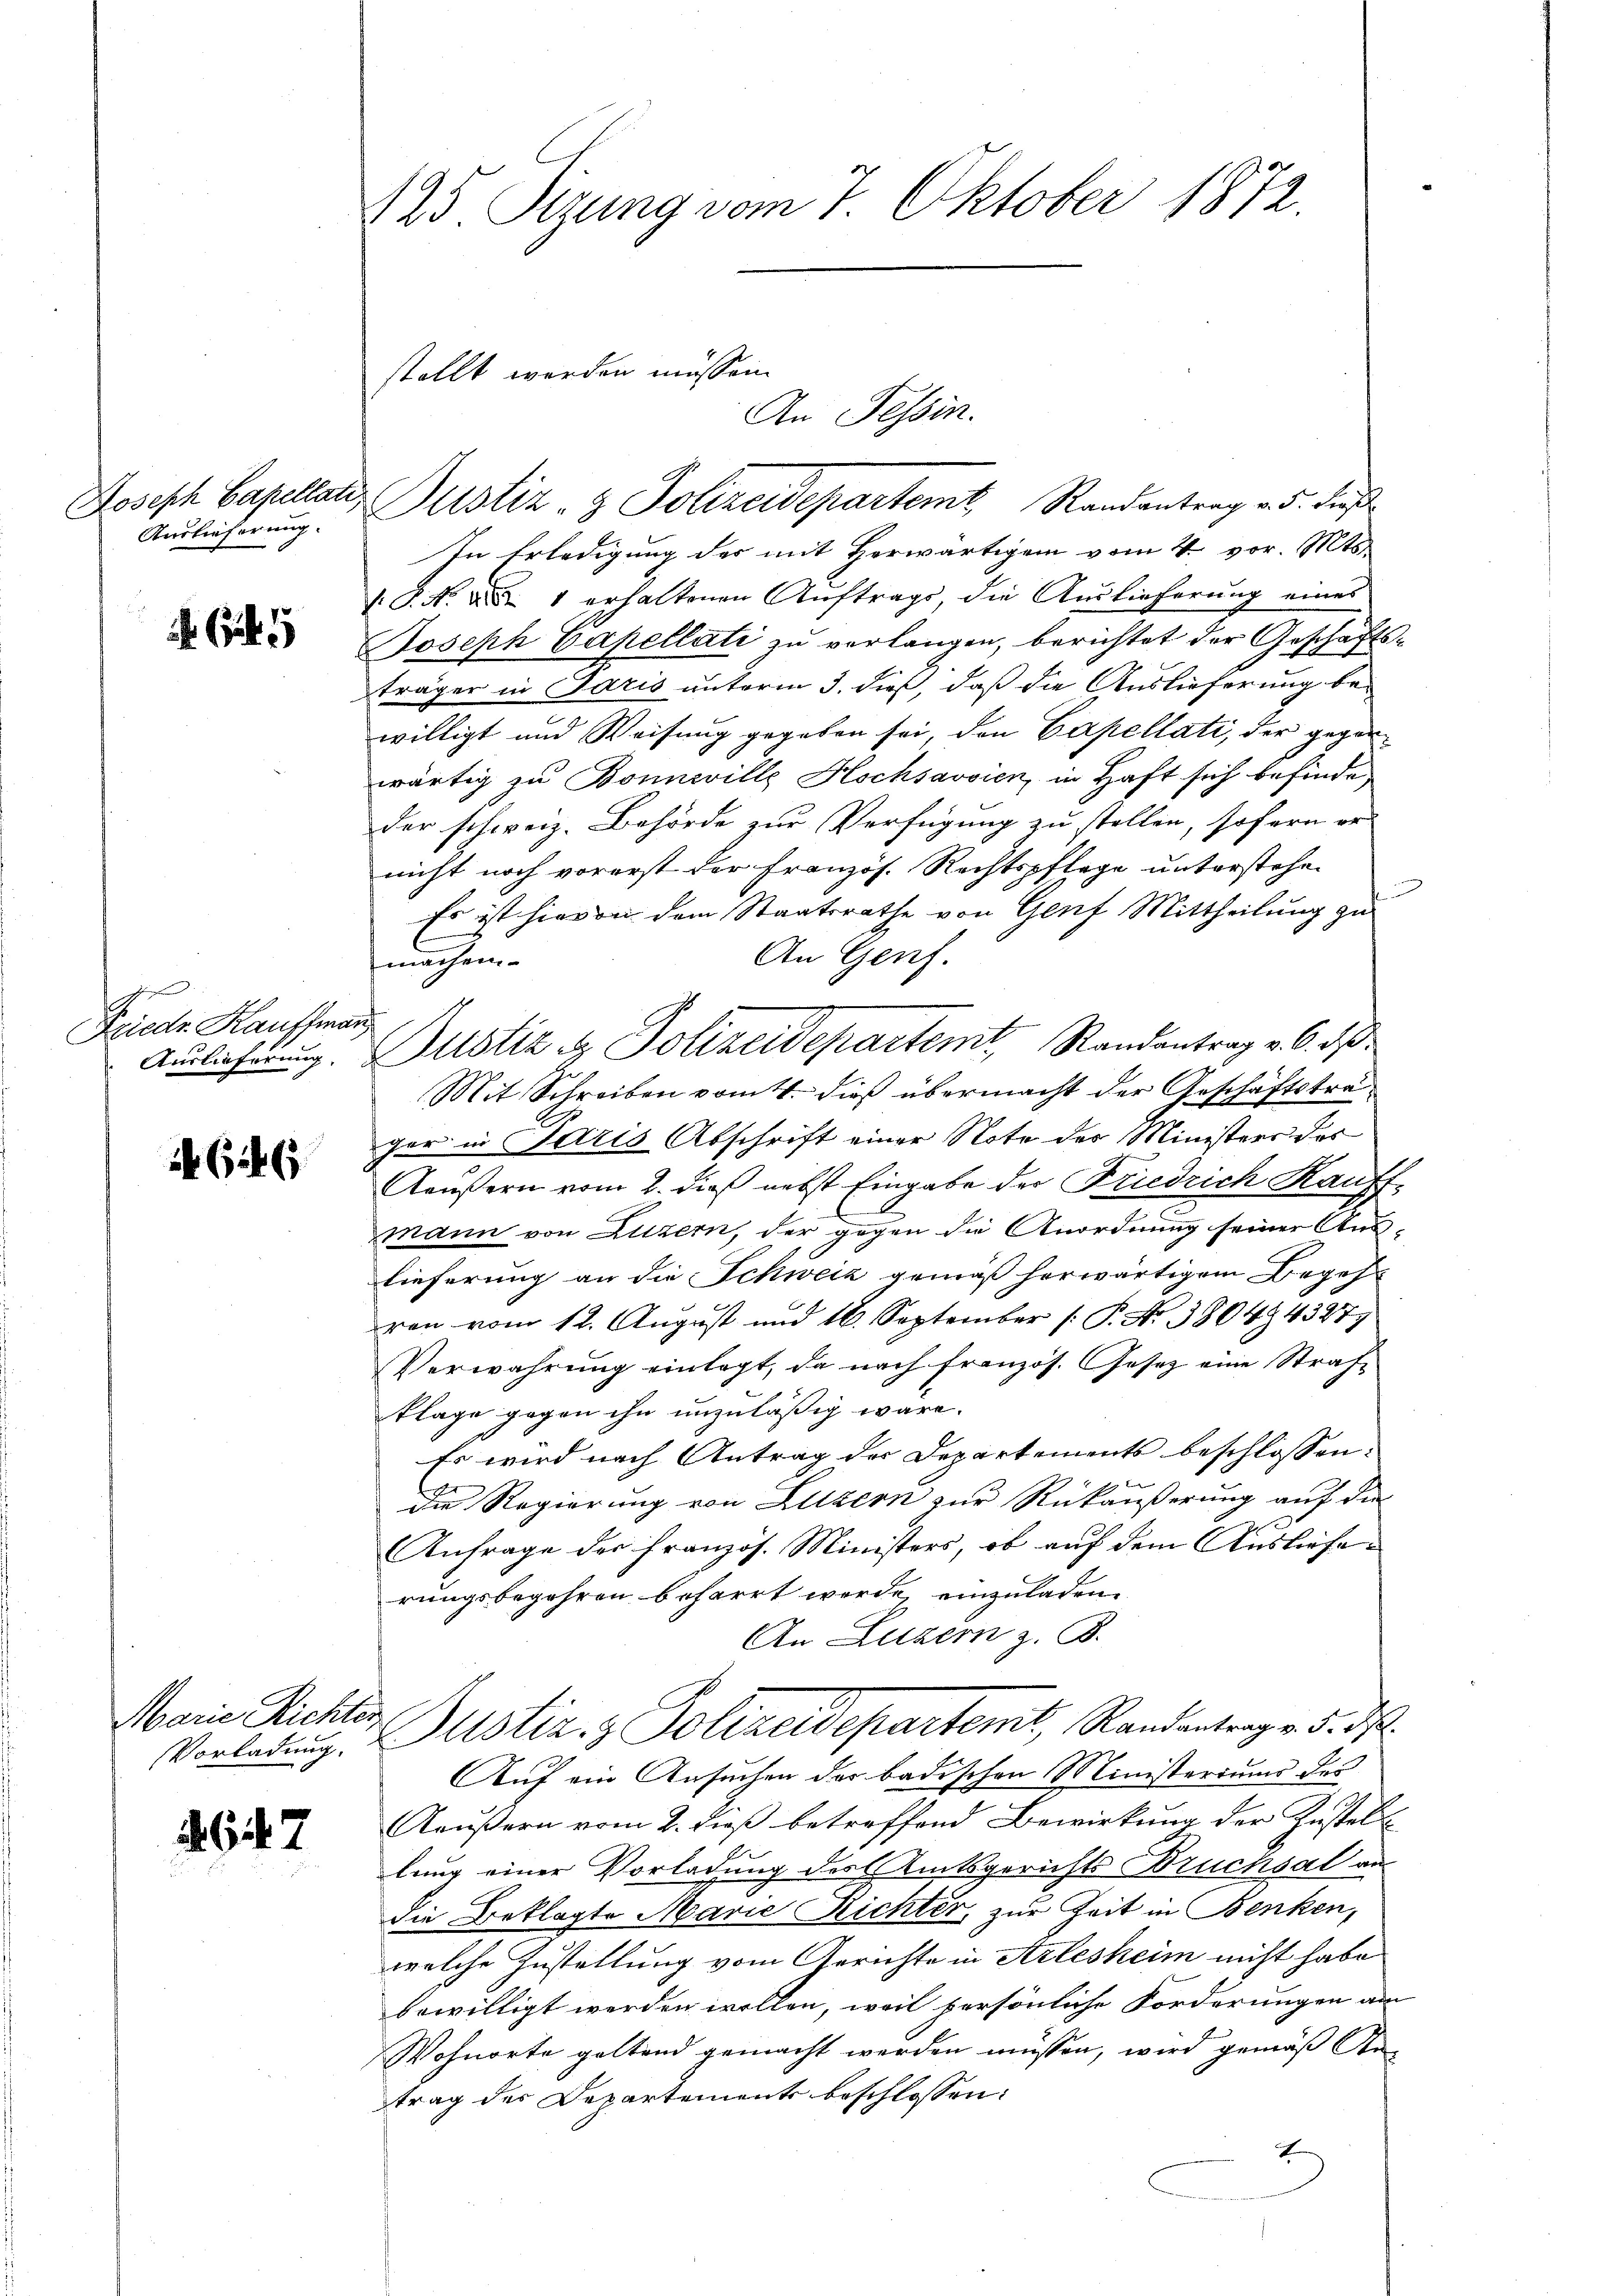
Joseph Capellati,
Auslieferung.

5

Friedr Kauffman

624

Marie Richter

464. 7

125 Stzung vom 7. Oktober 1872.

Justiz- & Polizeidepartem Randantrag v. 5. dieß
In Erledigung des mit Herwärtigen vom 4. vor. Mts.
.P. Nr. 1 erhaltenen Auftrags, die Auslieferung eines
Joseph Capellati zu verlangen, berichtet der Geschäftsträger in Paris unterm 3. dieß, daß die Auslieferung bewilligt und Weisung gegeben sei, den Capellati, der gegenwärtig zu Bonneville Hochsavoien, in Haft sich befinde
der schweiz. Behörde zur Verfügung zu stellen, sofern er-
nicht noch vorerst der Französ. Rechtspflege unterstehen
e
Es ist hievon dem Staatsrathe von Genf Mittheilung zu
An Genf.
machen.
Auslieferung. Justiz & Polizeidepartemt, Randantrag v. 6. ds.
Mit Schreiben vom 4. dieß übermacht der Geschäftstrager in Paris Abschrift einer Note des Ministers des
Aeußern vom 2. dieß nebst Eingabe der Friedrich Kauff-
mann von Luzern, der gegen die Anordnung seiner Aus-
lieferung an die Schweiz gemäß herwärtigem Begehron vom 12. August und 16. September [ P. Nr. 380494327)
Verwahrung einlegt, da nach französ. Gesetz eine Strafe
klage gegen ihn unzuläßig wäre.
Es wird nach Antrag der Departements beschlossen:
f
die Regierung von Luzern zur Rückäußerung auf die
J
Anfrage der französ. Ministers, ob auf dem Auslieferungsbegehren beharrt werde, einzuladen.
An Luzern z. B.
Vorladung. Justiz- & Polizeidepartemt, Randantrag v. 3. ds.
Auf ein Ansuchen der badischen Ministeriums des
Aeußern vom 2. dieß betreffend Bewirkung der Zustell
lung einer Vorladung des Amtsgerichts Brucksal an
die Beklagte Marie Richter, zur Zeit in Benken,
welche Zustellung vom Gerichte in Arlesheim nicht habe
bewilligt werden wollen, weil persönliche Forderungen am
Wohnorte geltend gemacht werden müssen, wird gemäß An-
trag der Departements beschlossen:
7

stellt werden müssen.
An Fessen.